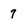
Character: 7